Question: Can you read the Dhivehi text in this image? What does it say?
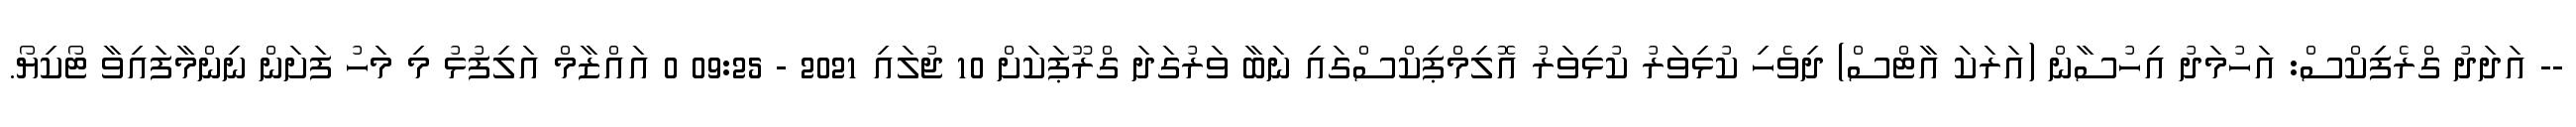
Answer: -- އަދަދު ގްރެފިިކްސް: އަހުމަދު އިހުސާން (އަރަކަ އާޓްސް) ދިވެހި ކުޅިވަރު ކުޅިވަރު އޮލިމްޕިކްސްގައި ނަބާ ވަރުގަދަ ގްރޫޕަކަށް 10 ޖުލައި 2021 - 09:25 0 އައްޒާމް އަލިފުޅު މި މަހު ފަށަން ނިންމާފައިވާ ޓޯކިޔޯ.